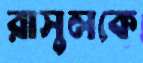
রাসুলকে